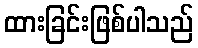
ထားခြင်းဖြစ်ပါသည်